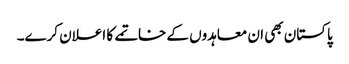
پاکستان بھی ان معاہدوں کے خاتمے کا اعلان کرے۔